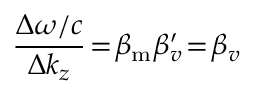
\frac { \Delta \omega / c } { \Delta k _ { z } } \! = \! \beta _ { \mathrm { m } } \beta _ { v } ^ { \prime } \! = \! \beta _ { v }